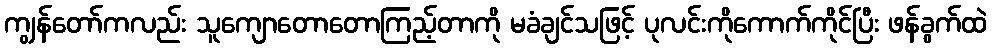
ကျွန်တော်ကလည်း သူကျောတောတောကြည့်တာကို မခံချင်သဖြင့် ပုလင်းကိုကောက်ကိုင်ပြီး ဖန်ခွက်ထဲ